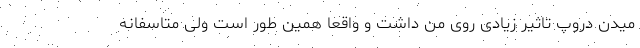
میدن دروپ تاثیر زیادی روی من داشت و واقعاً همین طور است ولی متاسفانه